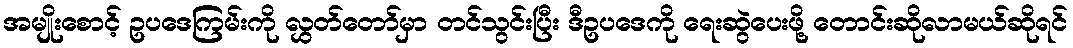
အမျိုးစောင့် ဥပဒေကြမ်းကို လွှတ်တော်မှာ တင်သွင်းပြီး ဒီဥပဒေကို ရေးဆွဲပေးဖို့ တောင်းဆိုလာမယ်ဆိုရင်